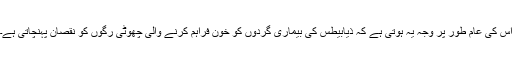
اس کی عام طور پر وجہ یہ ہوتی ہے کہ ذیابیطس کی بیماری گردوں کو خون فراہم کرنے والی چھوٹی رگوں کو نقصان پہنچاتی ہے۔